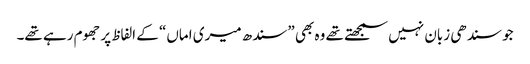
جو سندھی زبان نہیں سمجھتے تھے وہ بھی ”سندھ میری اماں“ کے الفاظ پر جھوم رہے تھے۔